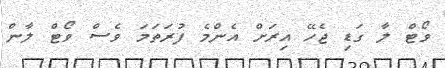
ވޯޓް ލާ ގަޑި ޖެހޭ އިރަށް އެންމެ ފުރަތަމަ ވެސް ވޯޓް ލާން